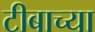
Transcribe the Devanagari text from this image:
टीबाच्या